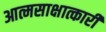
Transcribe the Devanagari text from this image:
आत्मसाक्षात्कारी